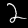
Label: 2